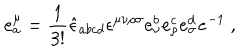
LaTeX: e _ { a } ^ { \mu } = \frac { 1 } { 3 ! } \hat { \epsilon } _ { a b c d } \epsilon ^ { \mu \nu \rho \sigma } e _ { \nu } ^ { b } e _ { \rho } ^ { c } e _ { \sigma } ^ { d } { \tt e } ^ { - 1 } ~ ,